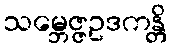
သမ္ဘေဇ္ဇဥဒကန္တိ